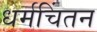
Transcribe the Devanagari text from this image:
धर्मचिंतन